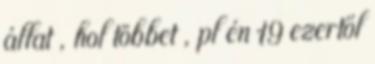
állat , hol többet , pl én 19 ezertől